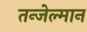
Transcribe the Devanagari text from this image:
तन्जेल्मान